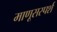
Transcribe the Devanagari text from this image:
माणूसस्पर्श